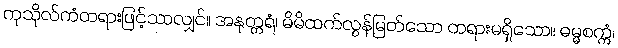
ကုသိုလ်ကံတရားဖြင့်သာလျှင်။ အနုတ္တရံ၊ မိမိထက်လွန်မြတ်သော တရားမရှိသော။ ဓမ္မစက္ကံ၊